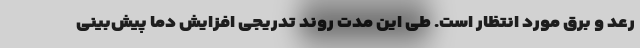
رعد و برق مورد انتظار است. طی این مدت روند تدریجی افزایش دما پیش‌بینی